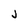
Character: j